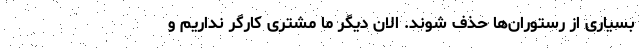
بسیاری از رستوران‌ها حذف شوند. الان دیگر ما مشتری کارگر نداریم و